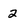
Character: 2